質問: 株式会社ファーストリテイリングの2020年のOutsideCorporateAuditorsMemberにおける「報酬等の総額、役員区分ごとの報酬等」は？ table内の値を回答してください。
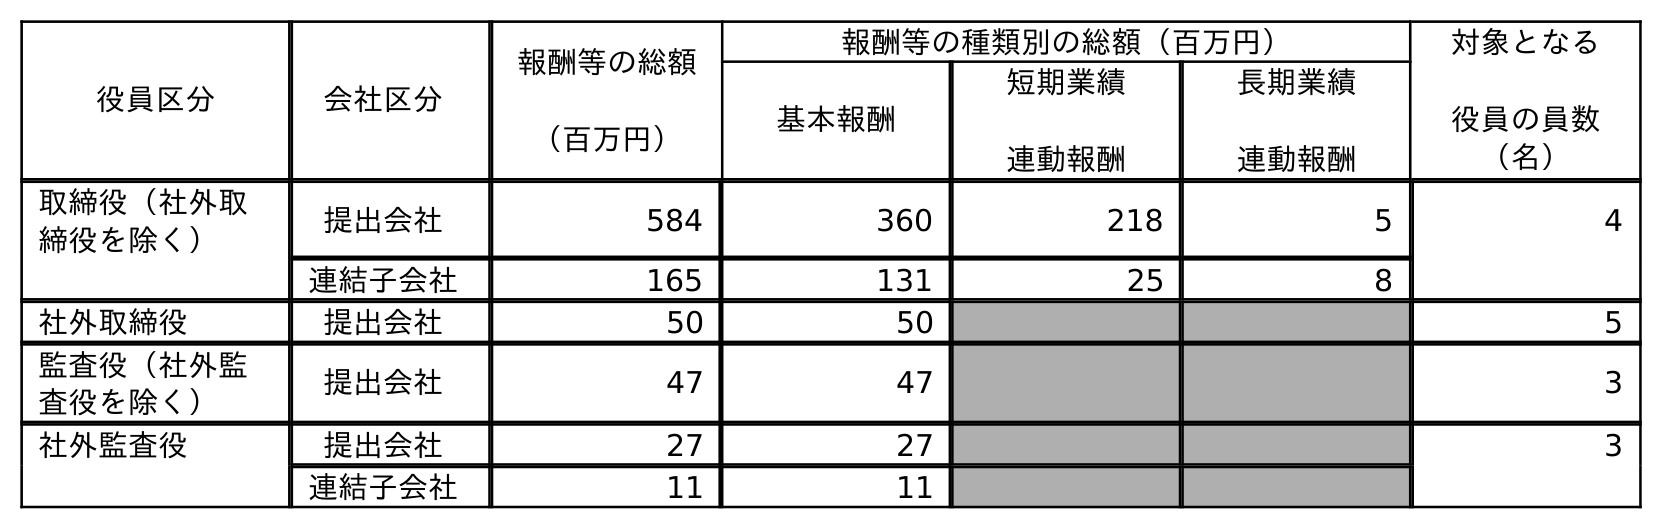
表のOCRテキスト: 役員区分 会社区分 報酬等の総額 （百万円） 報酬等の種類別の総額（百万円） 対象となる 役員の員数 （名） 基本報酬 短期業績 連動報酬 長期業績 連動報酬 取締役（社外取 締役を除く） 提出会社 584 360 218 5 4 連結子会社 165 131 25 8 社外取締役 提出会社 50 50 5 監査役（社外監 査役を除く） 提出会社 47 47 3 社外監査役 提出会社 27 27 3 連結子会社 11 11
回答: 27